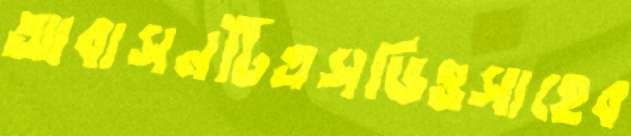
আবাসনটিএসডিওসাহেব